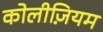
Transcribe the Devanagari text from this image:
कोलीज़ियम